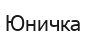
Юничка